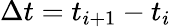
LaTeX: \Delta t=t_{i+1}-t_{i}